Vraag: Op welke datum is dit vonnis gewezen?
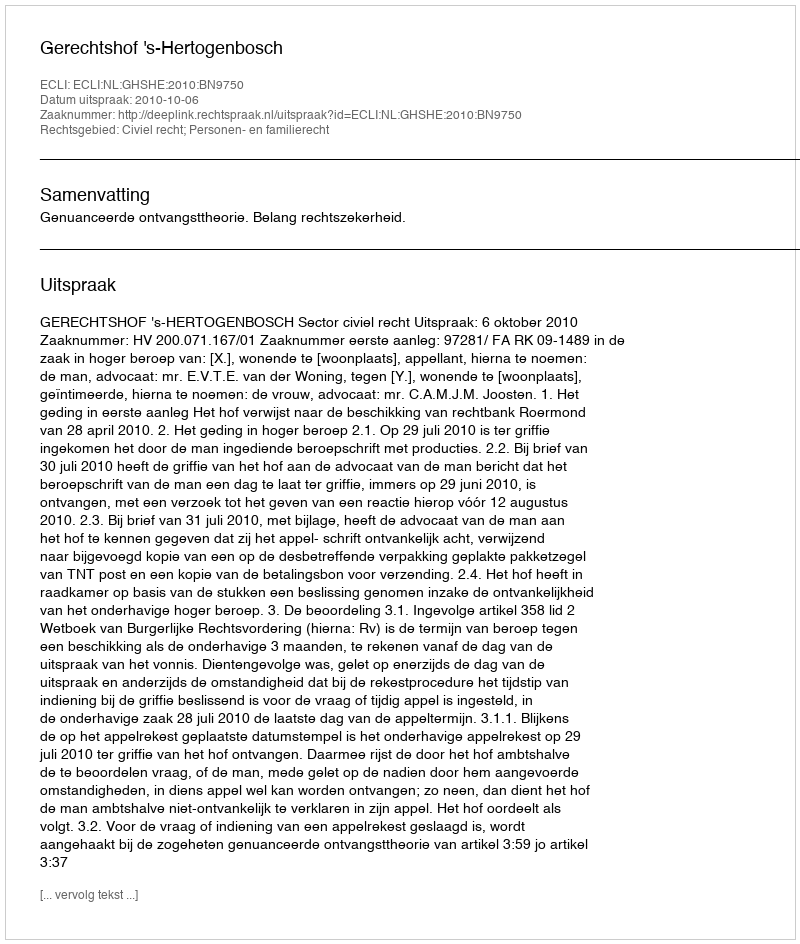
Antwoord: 2010-10-06